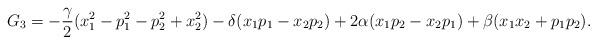
LaTeX: \begin{align*}G_3=-\frac{\gamma}{2}(x_1^2-p_1^2-p_2^2+x_2^2)-\delta (x_1p_1-x_2p_2)+2\alpha (x_1p_2-x_2p_1)+\beta (x_1x_2+p_1p_2).\end{align*}